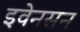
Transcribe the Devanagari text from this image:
इवेनसन